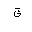
Letter: _qaf